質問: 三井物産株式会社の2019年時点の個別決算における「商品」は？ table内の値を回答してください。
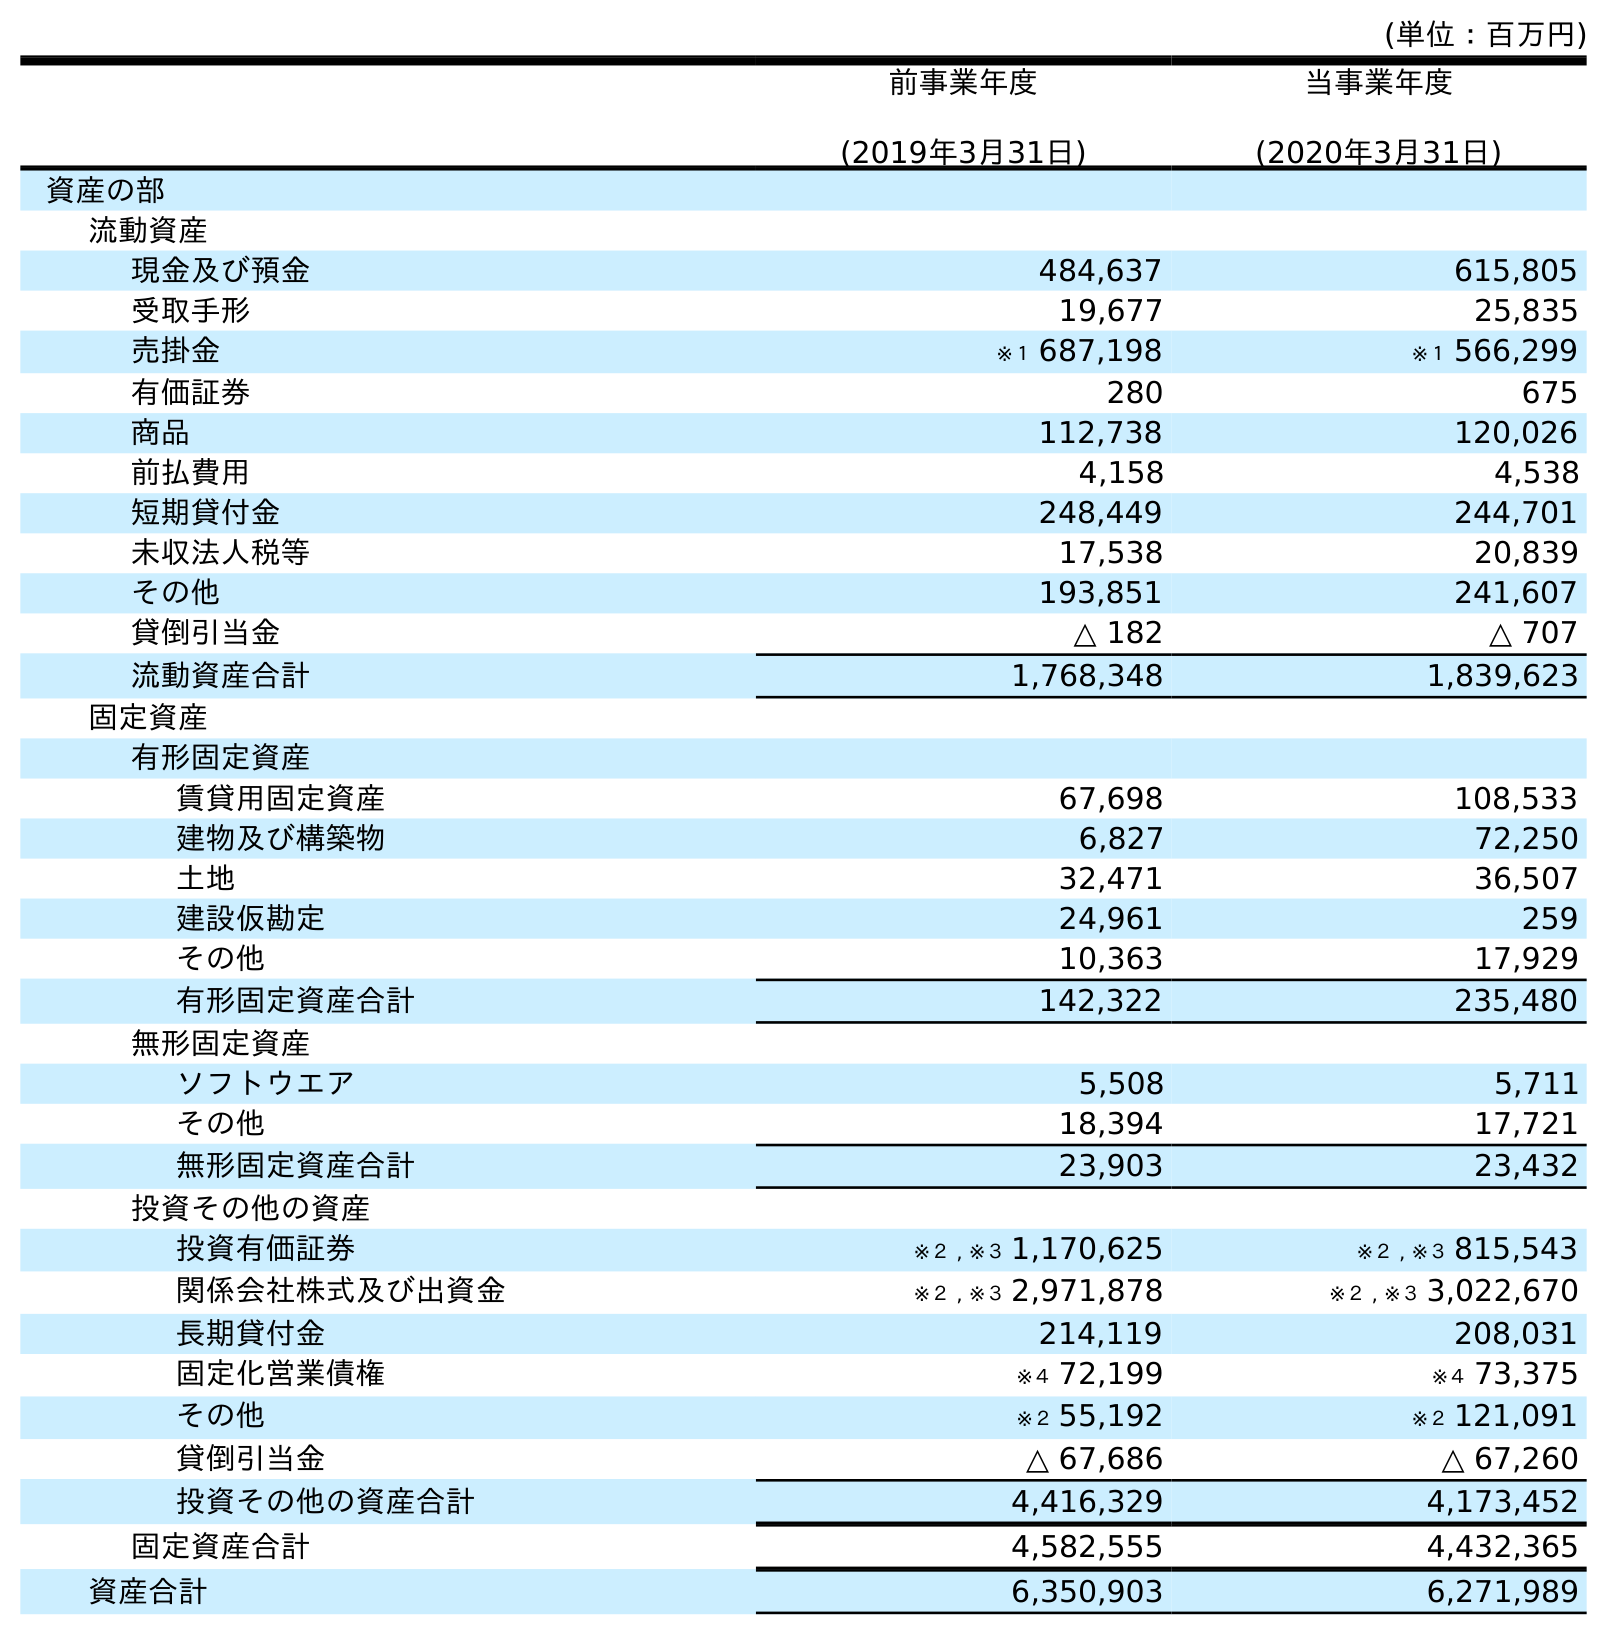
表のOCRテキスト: (単位：百万円) 前事業年度 (2019年3月31日) 当事業年度 (2020年3月31日) 資産の部 流動資産 現金及び預金 484,637 615,805 受取手形 19,677 25,835 売掛金 ※１ 687,198 ※１ 566,299 有価証券 280 675 商品 112,738 120,026 前払費用 4,158 4,538 短期貸付金 248,449 244,701 未収法人税等 17,538 20,839 その他 193,851 241,607 貸倒引当金 △ 182 △ 707 流動資産合計 1,768,348 1,839,623 固定資産 有形固定資産 賃貸用固定資産 67,698 108,533 建物及び構築物 6,827 72,250 土地 32,471 36,507 建設仮勘定 24,961 259 その他 10,363 17,929 有形固定資産合計 142,322 235,480 無形固定資産 ソフトウエア 5,508 5,711 その他 18,394 17,721 無形固定資産合計 23,903 23,432 投資その他の資産 投資有価証券 ※２ , ※３ 1,170,625 ※２ , ※３ 815,543 関係会社株式及び出資金 ※２ , ※３ 2,971,878 ※２ , ※３ 3,022,670 長期貸付金 214,119 208,031 固定化営業債権 ※４ 72,199 ※４ 73,375 その他 ※２ 55,192 ※２ 121,091 貸倒引当金 △ 67,686 △ 67,260 投資その他の資産合計 4,416,329 4,173,452 固定資産合計 4,582,555 4,432,365 資産合計 6,350,903 6,271,989
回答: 112,738